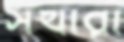
সখারা